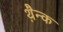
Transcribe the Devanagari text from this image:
थ़ैन्क